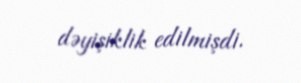
dəyişiklik edilmişdi.